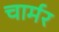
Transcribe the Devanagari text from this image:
चार्मर